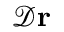
\mathcal { D } \mathbf { r }